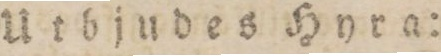
Utbjudes Hyra: